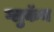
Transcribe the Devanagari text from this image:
ग्लुकॅन